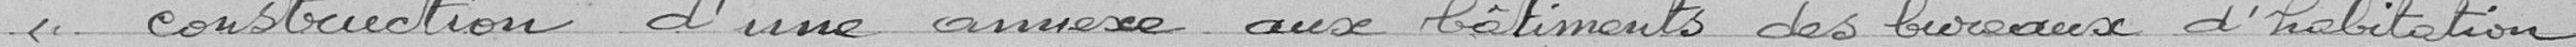
"construction d'une annexe aux bâtiments des bureaux d'habitation